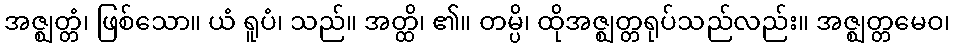
အဇ္ဈတ္တံ၊ ဖြစ်သော။ ယံ ရူပံ၊ သည်။ အတ္ထိ၊ ၏။ တမ္ပိ၊ ထိုအဇ္ဈတ္တရုပ်သည်လည်း။ အဇ္ဈတ္တမေဝ၊